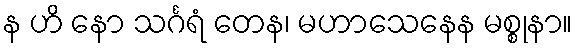
န ဟိ နော သင်္ဂရံ တေန၊ မဟာသေနေန မစ္စုနာ။